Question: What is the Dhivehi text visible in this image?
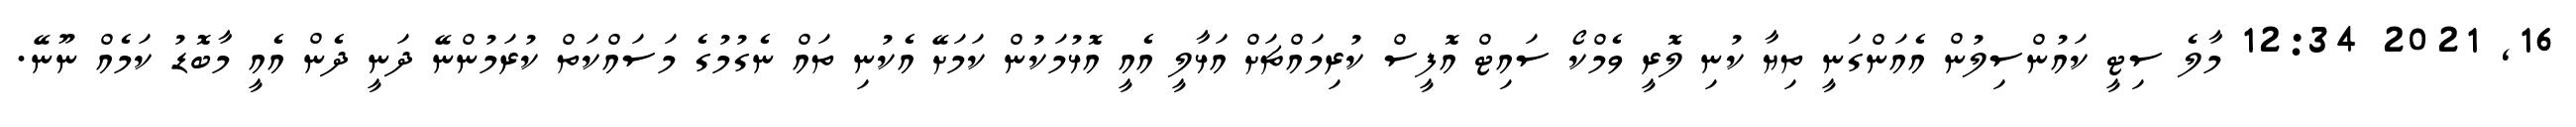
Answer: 16, 2021 12:34 މާލެ ސިޓީ ކައުންސިލުން އެއަންގަނީ ތިޔާ ކުނި ލޮރީ ވެމްކޯ ސައިޓް އޮފީސް ކުރިމައްޗަށް އަޅާލީ އެއީ އޮޅުމަކުން ކަމަށޭ އެކުނި ތައް ނެގުމުގެ މަސައްކަތް ކުރަމުންނޭ ދަނީ ދެން އެއީ މާބޮޑު ކަމެއް ނޫނޭ.